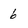
Character: 6